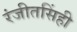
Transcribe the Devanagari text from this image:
रंजीतसिंही